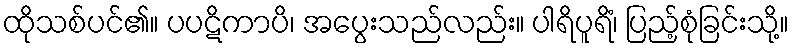
ထိုသစ်ပင်၏။ ပပဋိကာပိ၊ အပွေးသည်လည်း။ ပါရိပူရိံ၊ ပြည့်စုံခြင်းသို့။